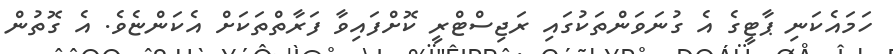
ހަމައެކަނި ޕާޓީގެ އެ ގުނަވަންތަކުގައި ރަޖިސްޓްރީ ކޮށްފައިވާ ފަރާތްތަކަށް އެކަންޏެވެ. އެ ގޮތުން